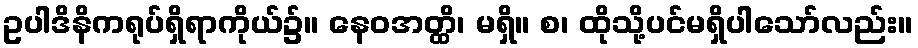
ဥပါဒိနိကရုပ်ရှိရာကိုယ်၌။ နေဝအတ္ထိ၊ မရှိ။ စ၊ ထိုသို့ပင်မရှိပါသော်လည်း။